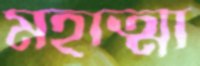
মহাত্মা